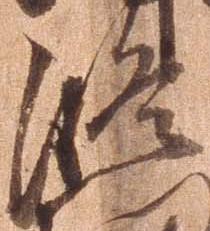
修